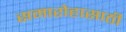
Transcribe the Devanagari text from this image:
समारोहासाठी